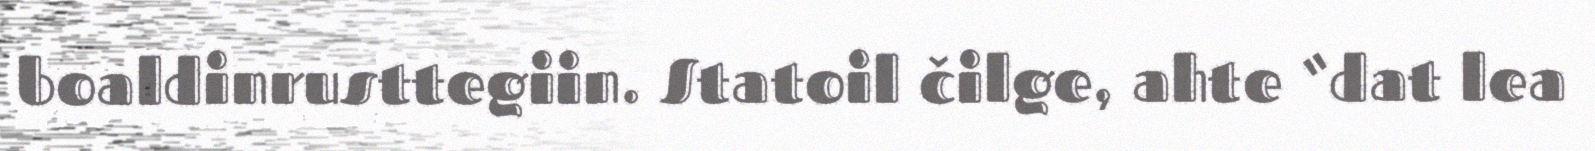
boaldinrusttegiin. Statoil čilge, ahte “dat lea